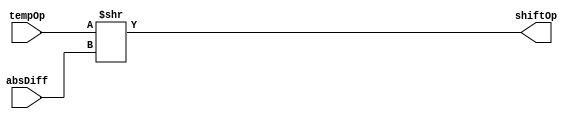
module shiftRightOp1(input [24:0] tempOp, input [7:0] absDiff, output reg [24:0] shiftOp);
	always @ (tempOp or absDiff)
	begin
		shiftOp=tempOp>>absDiff;
	end
endmodule